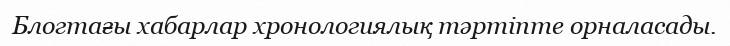
Блогтағы хабарлар хронологиялық тәртіпте орналасады.